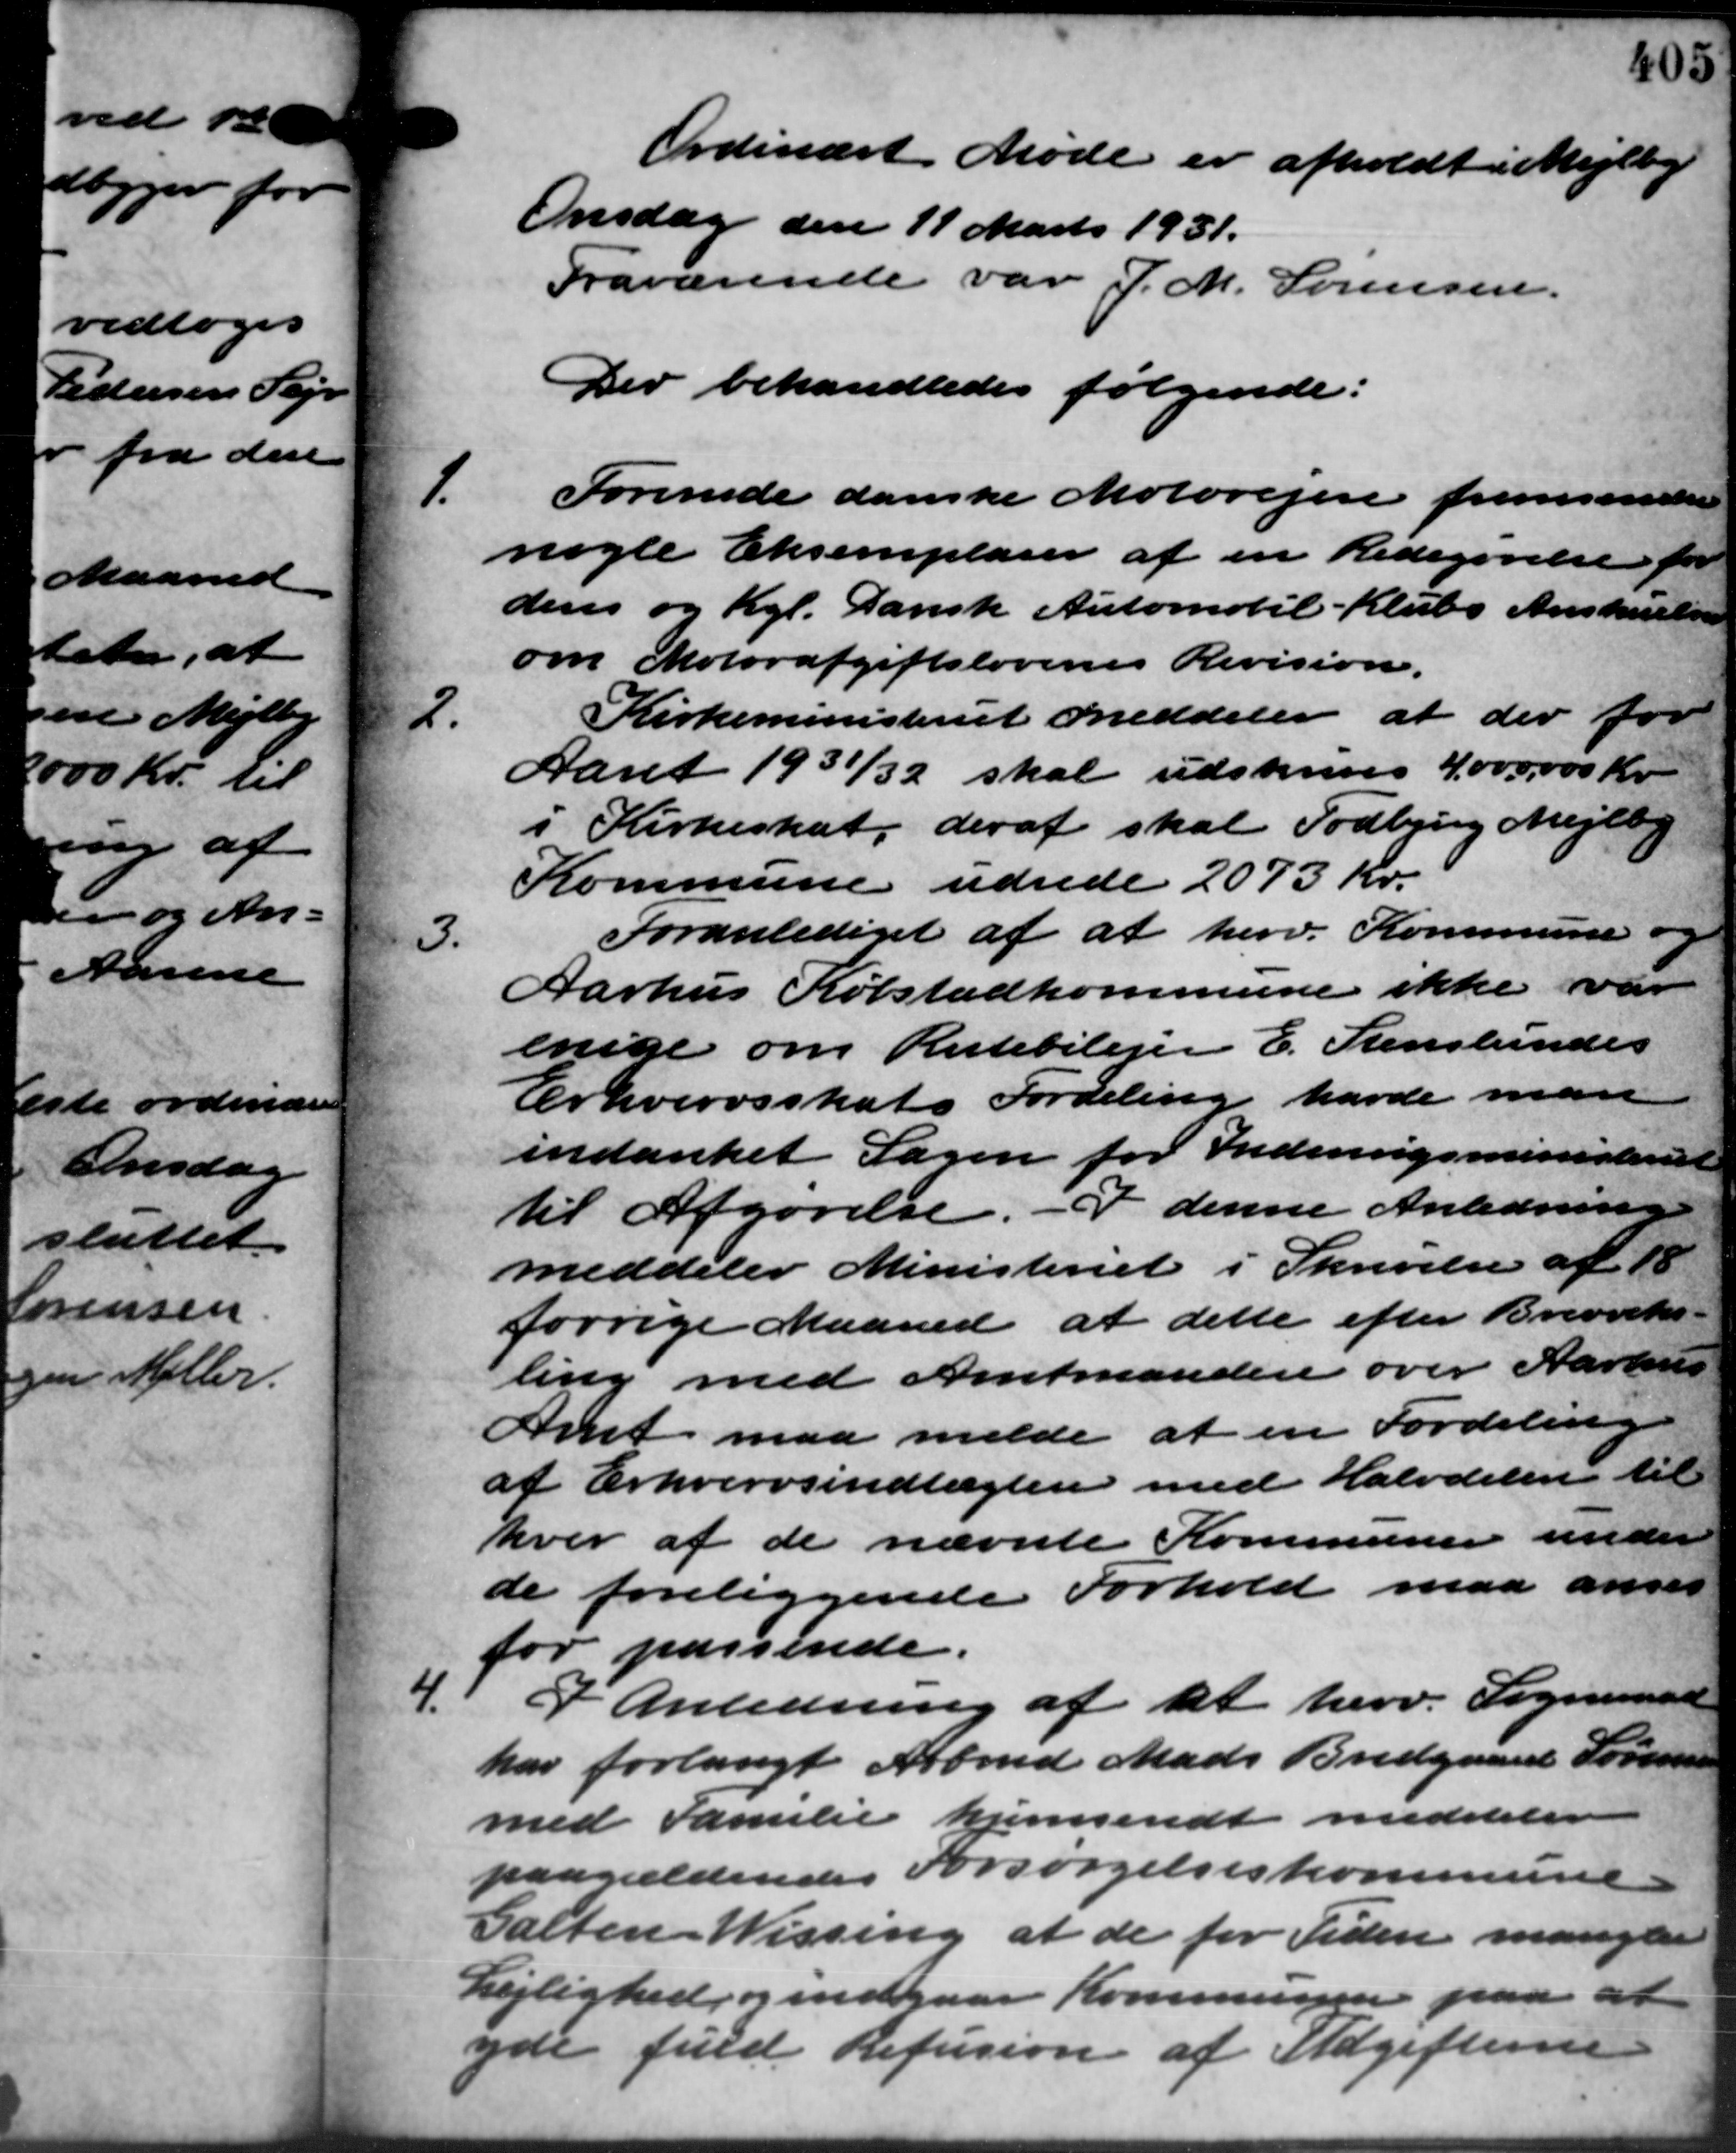
Transskription:
Ordinært Møde er afholdt i Mejlby
Onsdag den 11 Marts 1931.
Fraværende var J. M. Sørensen.
Der behandledes følgende:

Forenede danske Motorejer fremsender
nogle Eksemplarer af en Redegørelse for
ders og Kgl. Dansk Automobil - Klubs Anskuelse
om Motorafgiftslovenes Revision.
2.
Kirkeministeriet meddeler at der for
Aaret 1931/32 skal udskrives 4.000.000 Kr.
i Kirkeskat, deraf skal Todbjerg Mejlby
Kommune udrede 2073 Kr.
3.
Foranlediget af at herv. Kommune og
Aarhus Købstadkommune ikke var
enige om Rutebilejer E. Stenslundes
Erhvervsskats Fordeling havde man
indanket Sagen for Indenrigsministeriett
til Afgørelse. I denne Anledning
meddeler Ministeriet i Skrivelse af 18
forrige Maaned at dette efter Brevveks
ling med Amtmanden over Aarhus
Amt maa melde at en Fordeling
af Erhvervsindtægten med Halvdelen til
hver af de nævnte Kommunen under
de foreliggende Forhold maa anvis
for passende.
4.
I Anledning af at herv. Sogneraad
har forlangt Arbmd. Mads Bredgaard Sørensen
med Familie hjemsendt meddeler
paagældendes Forsørgelseskommune
Galten Wissing at de for Tiden mangler
Lejlighed, og indgaar Kommunen paa at
yde fuld Refusion af Udgifterne